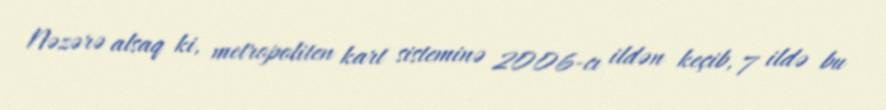
Nəzərə alsaq ki, metropoliten kart sisteminə 2006-cı ildən keçib, 7 ildə bu